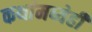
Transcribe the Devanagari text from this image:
कथांमध्येही